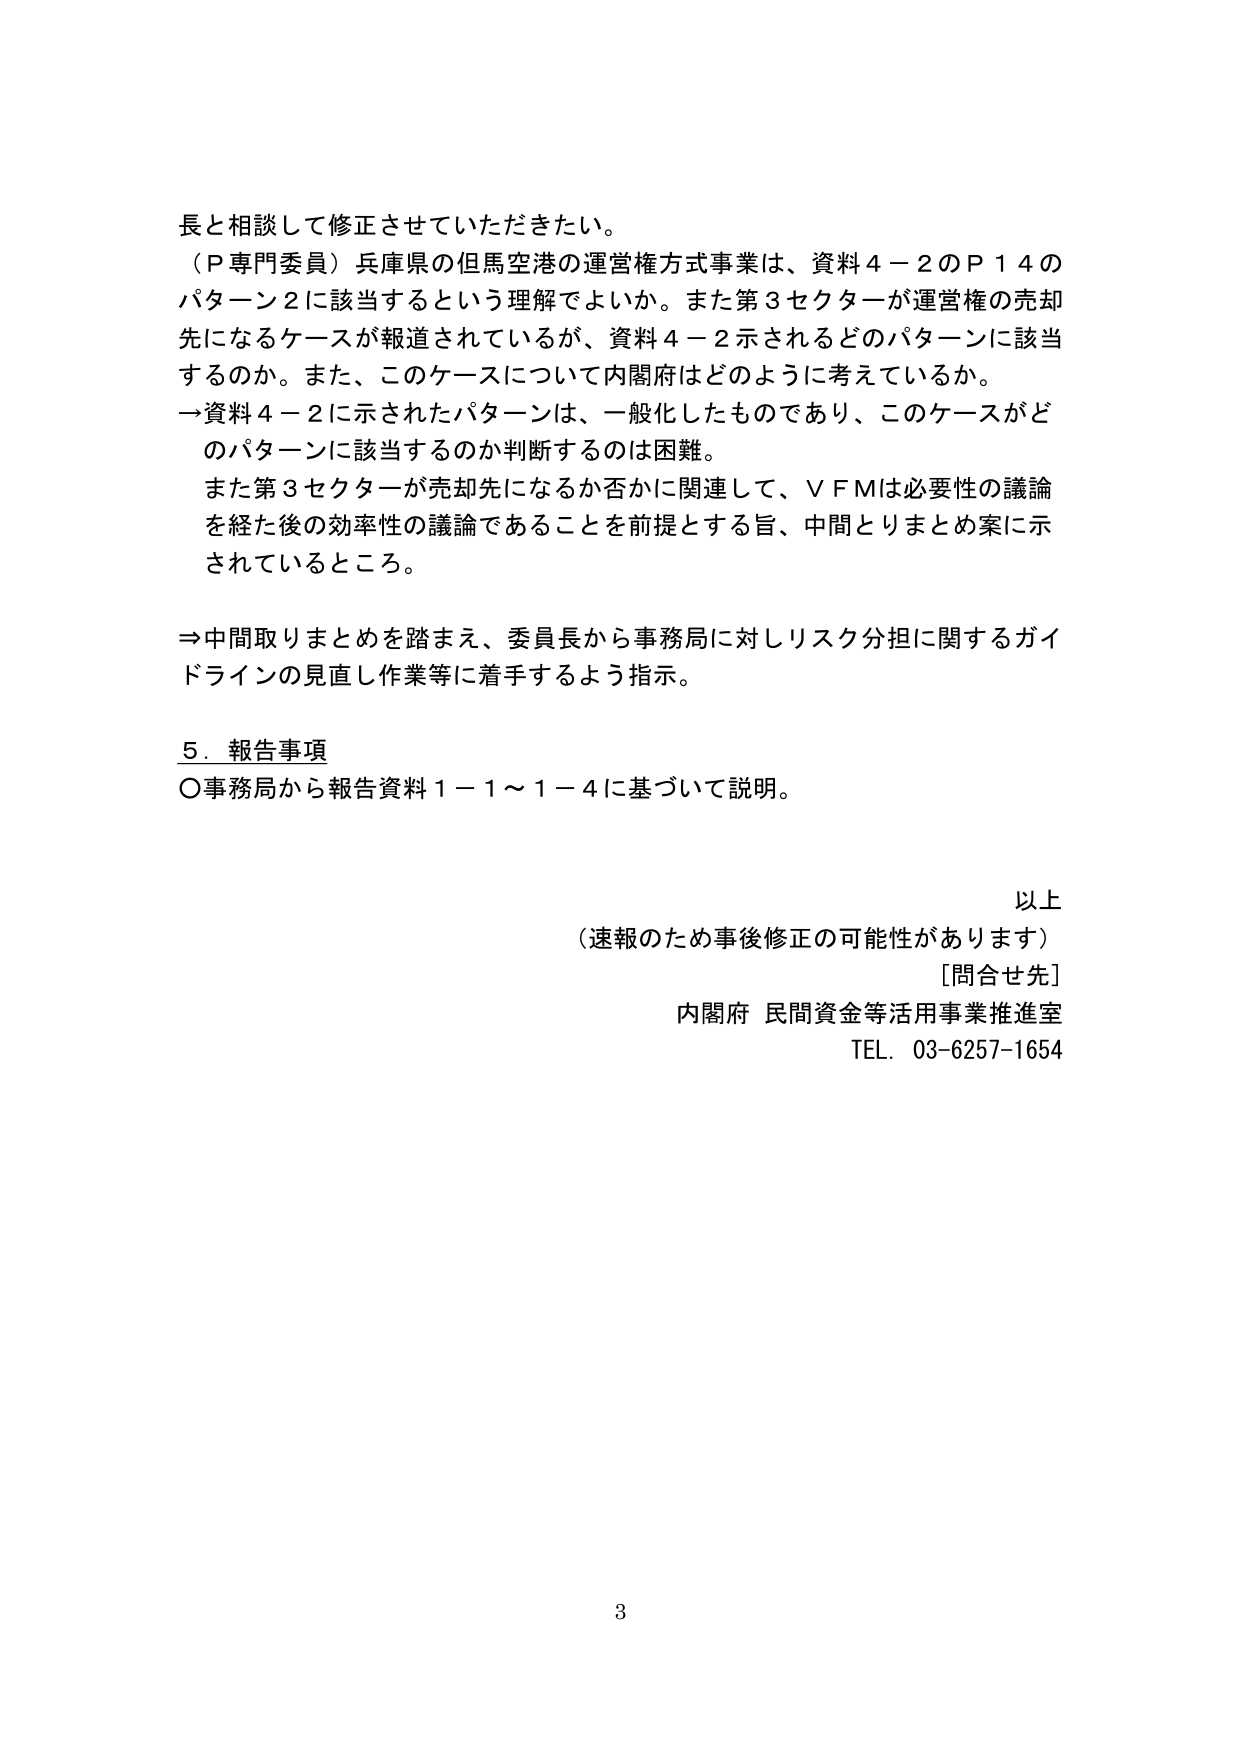
長と相談して修正させていただきたい。

（Ｐ専門委員）兵庫県の但馬空港の運営権方式事業は、資料４－２のＰ１４のパターン２に該当するという理解でよいか。また第３セクターが運営権の売却先になるケースが報道されているが、資料４－２示されるどのパターンに該当するのか。また、このケースについて内閣府はどのように考えているか。

→資料４－２に示されたパターンは、一般化したものであり、このケースがどのパターンに該当するのか判断するのは困難。

また第３セクターが売却先になるか否かに関連して、ＶＦＭは必要性の議論を経た後の効率性の議論であることを前提とする旨、中間とりまとめ案に示されているところ。

⇒中間取りまとめを踏まえ、委員長から事務局に対しリスク分担に関するガイドラインの見直し作業等に着手するよう指示。

５．報告事項
〇事務局から報告資料１－１～１－４に基づいて説明。

以上
（速報のため事後修正の可能性があります）
［問合せ先］
内閣府 民間資金等活用事業推進室
TEL．03-6257-1654

3